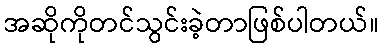
အဆိုကိုတင်သွင်းခဲ့တာဖြစ်ပါတယ်။